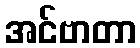
အင်ဗာတာ